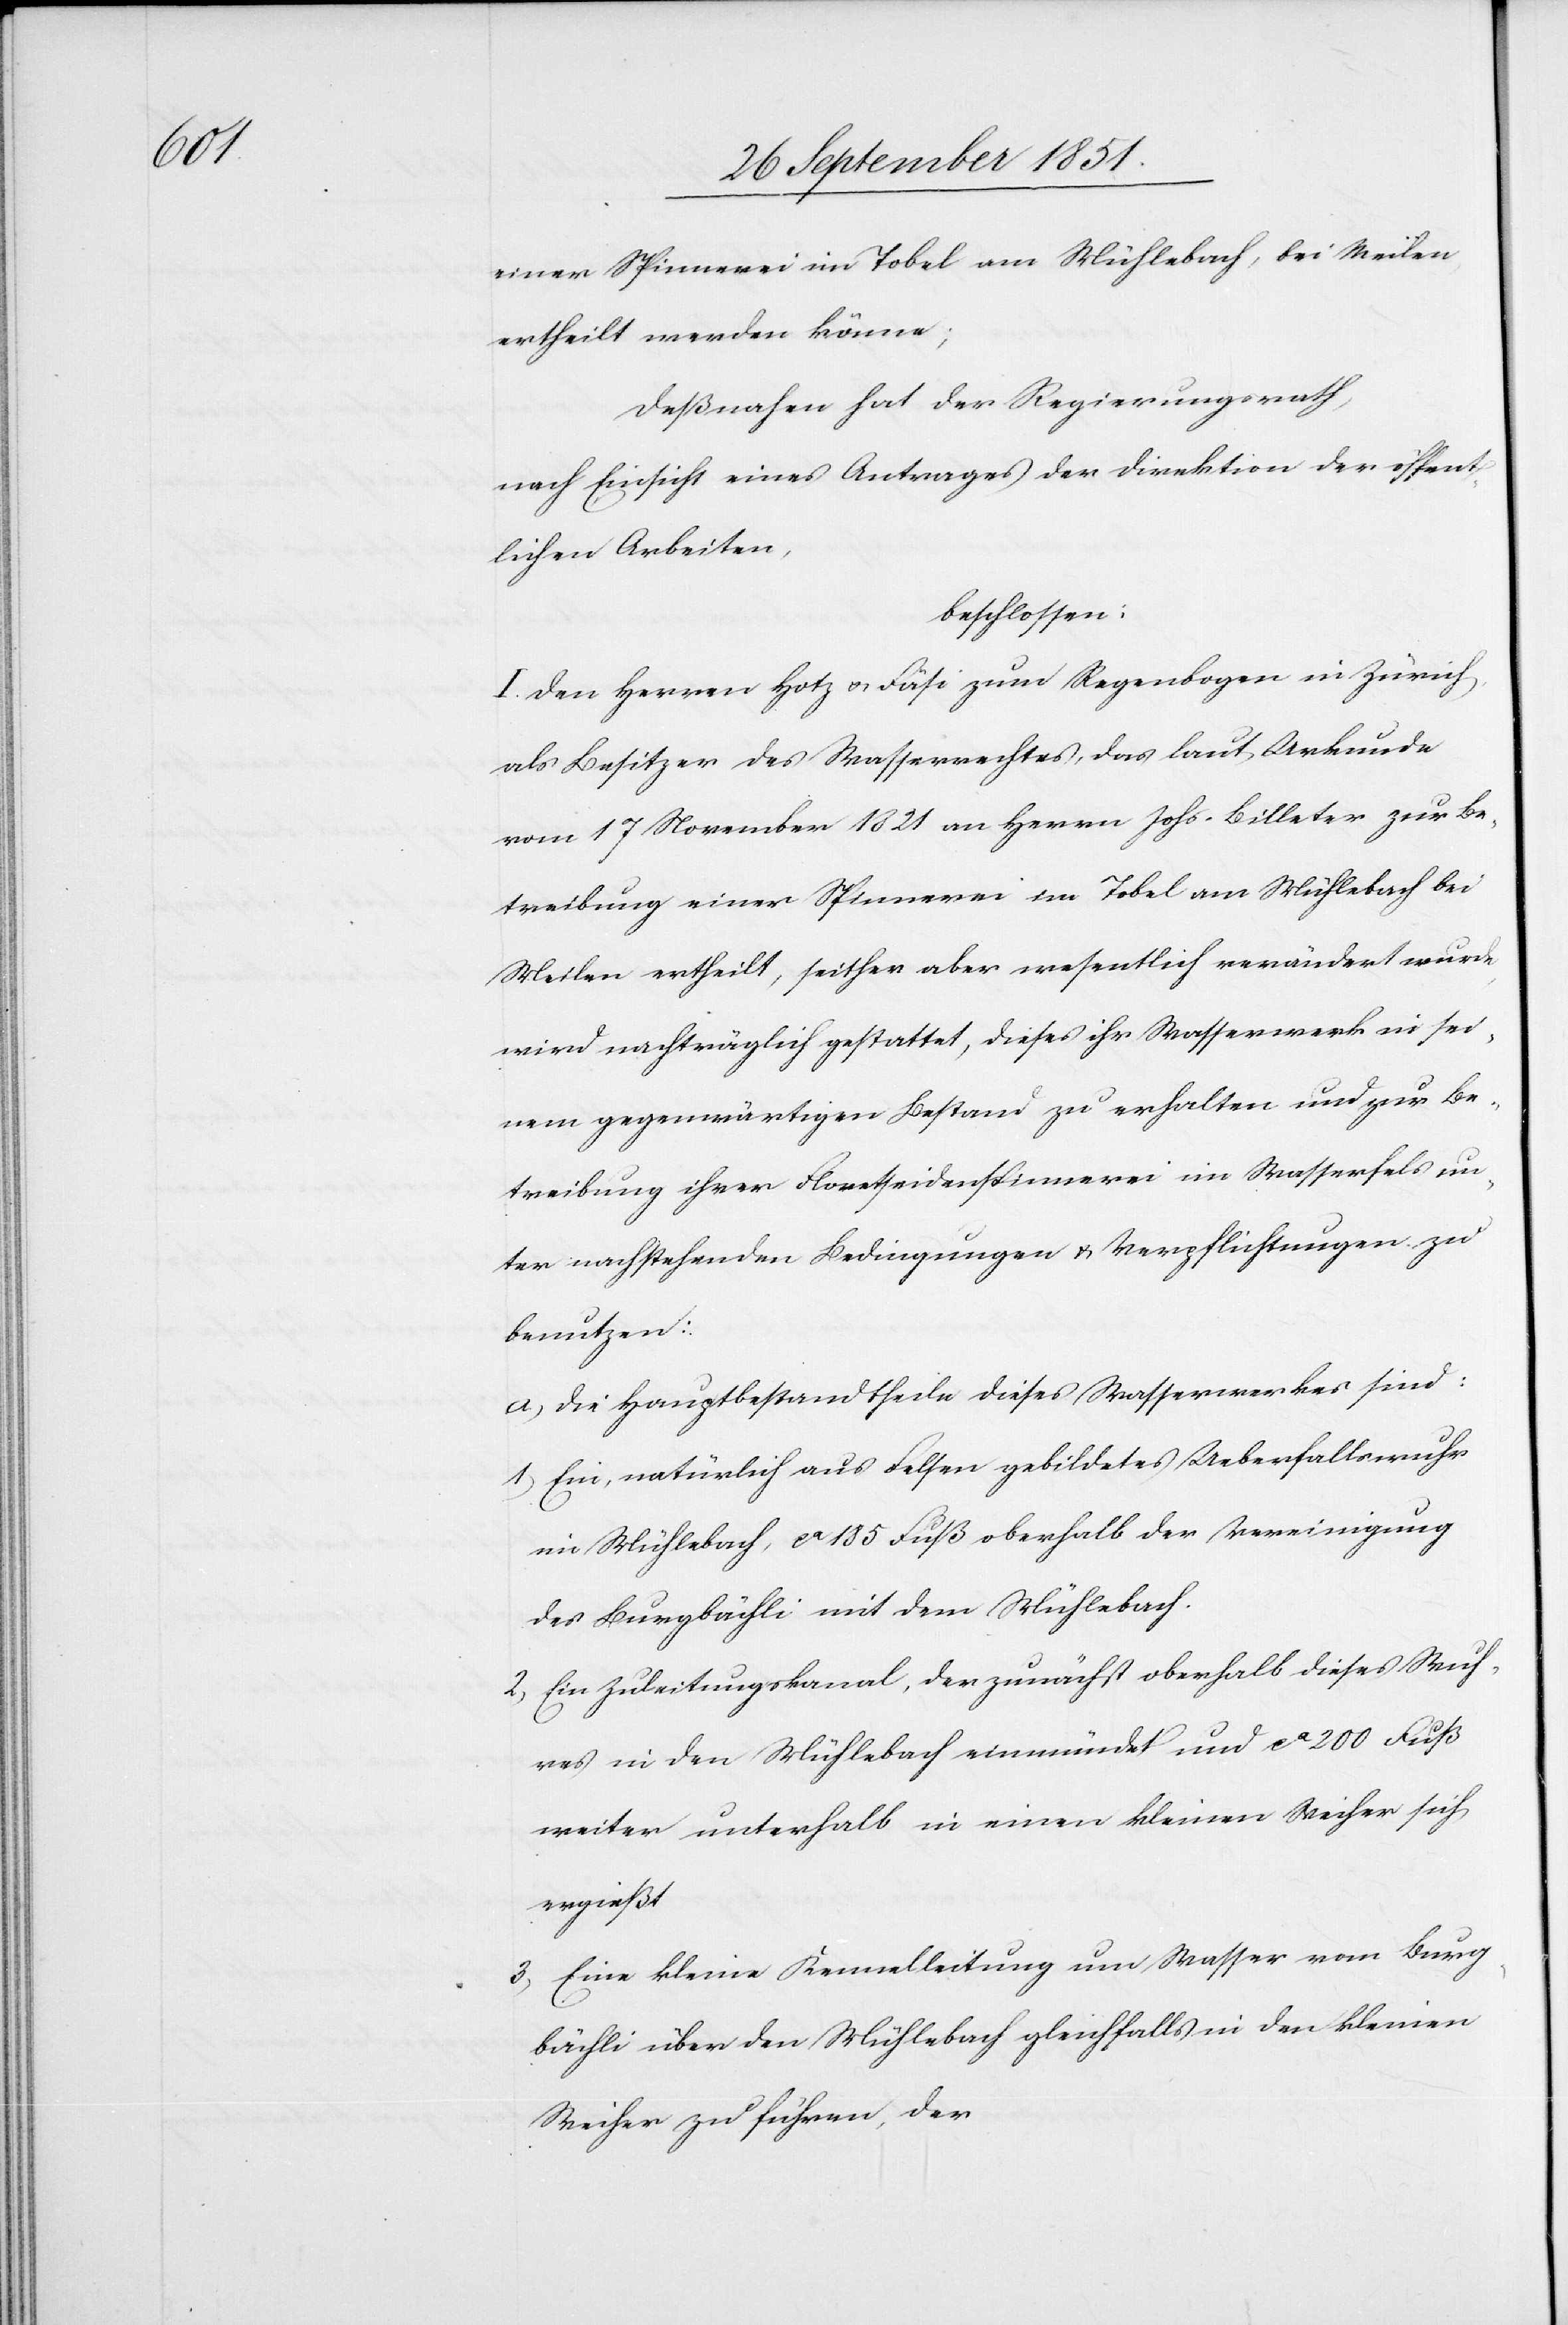
de,

einer Spinnerei im Tobel am Mühlebach, bei Meilen,
ertheilt werden könne;
Deßnahen hat der Regierungsrath,
nach Einsicht eines Antrages der Direktion der öffent¬
lichen Arbeiten,
beschlossen:
I. Den Herren Hotz & Fäsi zum Regenbogen in Zürich,
als Besitzer des Wasserrechtes, das laut Urkunde
vom 17 November 1821 an Herrn Johs. Billeter zur Be¬
treibung einer Spinnerei im Tobel am Mühlebach bei
Meilen ertheilt, seither aber wesentlich verändert wur¬
wird nachträglich gestattet, dieses ihr Wasserwerk in sei¬
nem gegenwärtigen Bestand zu erhalten und zur Be¬
treibung ihrer Floretseidenspinnerei im Wasserfels un¬
ter nachstehenden Bedingungen & Verpflichtungen zu
benutzen:
die Hauptbestandtheile dieses Wasserwerkes sind:
Ein, natürlich aus Felsen gebildetes Ueberfallswuhr
im Mühlebach, ca 185 Fuß oberhalb der Vereinigung
des Burgbächli mit dem Mühlebach.
Ein Zuleitungskanal, der zunächst oberhalb dieses Wuh¬
res in den Mühlebach einmündet und ca 200 Fuß
weiter unterhalb in einen kleinen Weiher sich
ergießt
Eine kleine Kennelleitung um Wasser vom Burg¬
bächli über den Mühlebach gleichfalls in den kleinen
Weiher zu führen, der